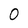
Character: 0